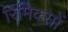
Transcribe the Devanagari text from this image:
रिमिक्सों